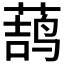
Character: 𱾎